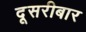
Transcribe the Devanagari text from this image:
दूसरीबार